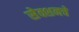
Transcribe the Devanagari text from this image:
सेक्शनचे